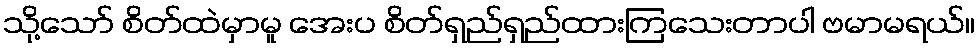
သို့သော် စိတ်ထဲမှာမူ အေးပ စိတ်ရှည်ရှည်ထားကြသေးတာပါ ဗမာမရယ်။